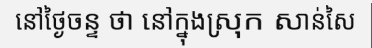
នៅថ្ងៃចន្ទ ថា នៅក្នុងស្រុក សាន់សៃ